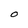
Character: O